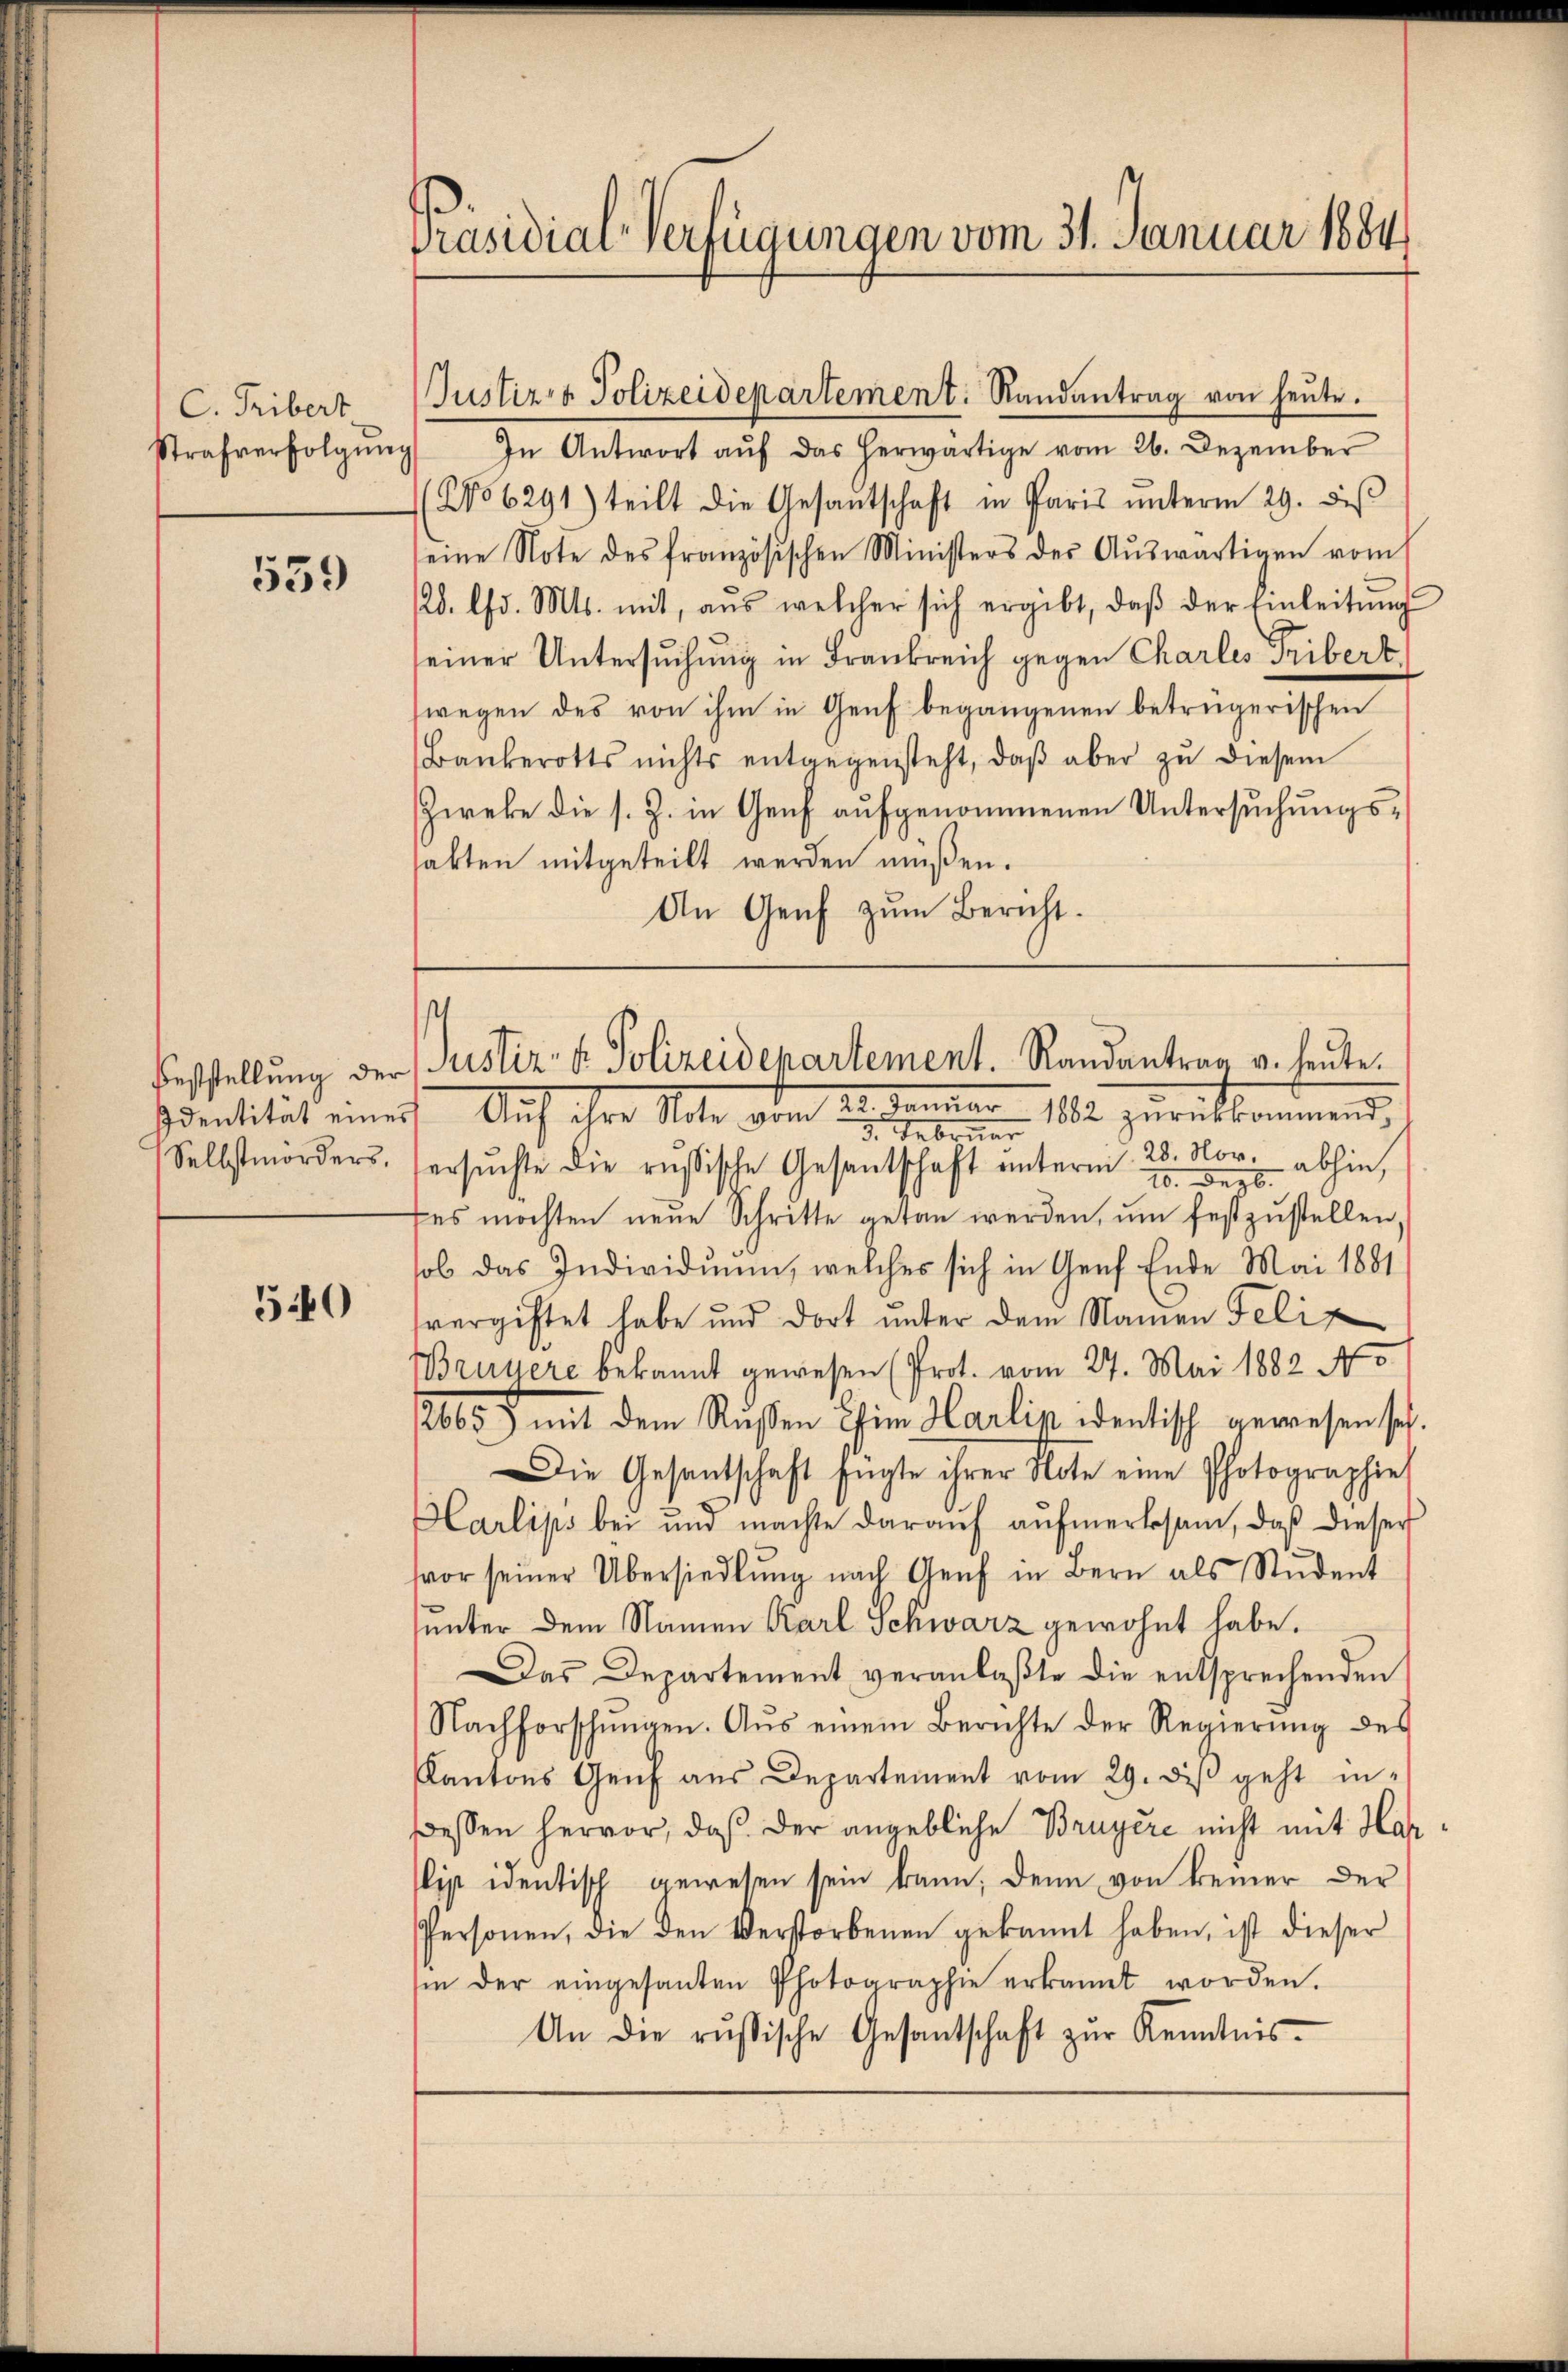
C. Tribert
Strafverfolgŭng

539

Selbstmorders.

540

Präsidial-Verfügungen vom 31. Januar 1884

Justiz- & Polizeidepartement. Randantrag von heŭte.

In Antwort aŭf das herwärtige vom 26. Dezember
(No 6291) teilt die Gesantschaft in Paris ŭnterm 29. diβ
seine Note des französischen Ministers des Aŭswärtigen vom
128. d. Mts. mit, aŭs welcher sich ergibt, daβ der Einleitŭng
seiner Untersŭchŭng in Frankreich gegen Charles Tribert,
wegen des von ihm in Genf begangenen betrügerischen
Bankerotts nichts entgegensteht, daβ aber zŭ diesem
Zweke die s. Z. in Genf aufgenommenen Untersuchungshabten mitgeteilt werden müßen.
An Genf zum Bericht.

Feststellung der Justiz- & Polizeidepartement. Randantrag v. heute.

Identität einert. Auch ihre Seite vom 12. Januar 1882 zurückkommend,
3. Februar
ersŭchte die russische Gesantschaft ŭnterm 28. Nov. abhin,
10. Dezb.
es möchten neue Schritte getan werden, um festzustellen
ob das Individuum, welches sich in Genf Ende Mai 1881
svergiftet habe und dort unter dem Namen Felix
Bruuere bekannt gewesen (Prot. vom 27. Mai 1882 No
2665) mit dem Rißen Chim Harlip identisch gewesen sel.
Die Gesandtschaft fügte ihrer Note eine Photographie
Karlips bei und machte daraŭf aŭfmerksam, daß dieser
vor seiner Übersiedlŭng nach Genf in Bern als Student
unter dem Namen Karl Schwarz gewohnt habe.
Das Departement veranlaβte die entsprechenden
Nachforschŭngen. Aus einem Berichte der Regierŭng des
Kantons Genf aus Departement vom 29. diβ geht in-
Bessen hervor, daß der angebliche Bruyère nicht mit Har
ip identisch gewesen sein kann, denn von keiner der
Personen, die den Verstorbenen gekannt haben, ist dieser
sin der eingesanten Photographie erkannt worden.
An die russische Gesantschaft zŭr Kenntnis